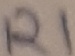
Text: R1